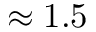
\approx 1 . 5